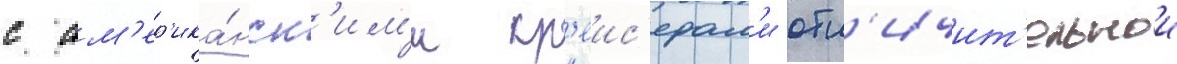
с ам'ер'ика́нск'им'и кр'еис'ерам'и отл'ичит'ельнои